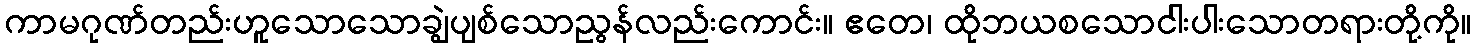
ကာမဂုဏ်တည်းဟူသောသောချွဲပျစ်သောညွန်လည်းကောင်း။ ဧတေ၊ ထိုဘယစသောငါးပါးသောတရားတို့ကို။